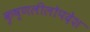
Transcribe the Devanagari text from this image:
कृष्णलीलोपदेश